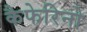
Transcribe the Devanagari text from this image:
कैफेरिनो